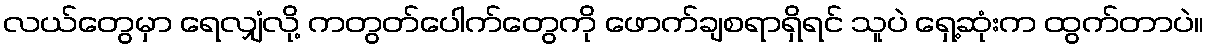
လယ်တွေမှာ ရေလျှံလို့ ကတွတ်ပေါက်တွေကို ဖောက်ချစရာရှိရင် သူပဲ ရှေ့ဆုံးက ထွက်တာပဲ။